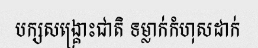
បក្សសង្គ្រោះជាតិ ទម្លាក់កំហុសដាក់